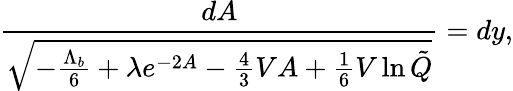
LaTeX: \frac{dA}{\sqrt{-\frac{\Lambda_{b}}{6}+\lambda e^{-2A}-\frac 43VA+\frac 16V\ln\tilde{Q}}}=dy,